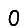
Digit: 0